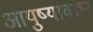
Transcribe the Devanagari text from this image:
आयुष्यावरून